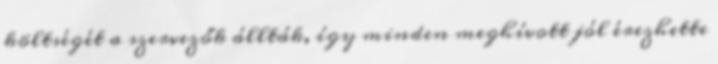
költségét a szervezők állták, így minden meghívott jól érezhette